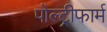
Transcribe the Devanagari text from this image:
पोल्ट्रीफार्म